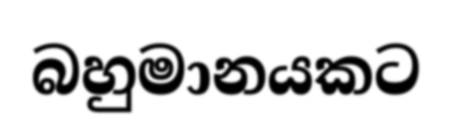
බහුමානයකට